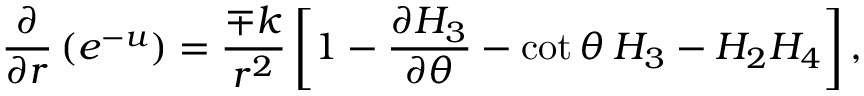
\frac { \partial } { \partial r } \left( e \sp { - u } \right) = \frac { \mp k } { r ^ { 2 } } \left[ 1 - \frac { \partial H _ { 3 } } { \partial \theta } - \cot \theta \: H _ { 3 } - H _ { 2 } H _ { 4 } \right] ,